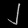
Digit: ၂